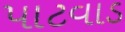
પાટવાડ